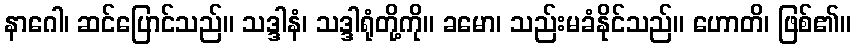
နာဂေါ၊ ဆင်ပြောင်သည်။ သဒ္ဒါနံ၊ သဒ္ဒါရုံတို့ကို။ ခမော၊ သည်းမခံနိုင်သည်။ ဟောတိ၊ ဖြစ်၏။